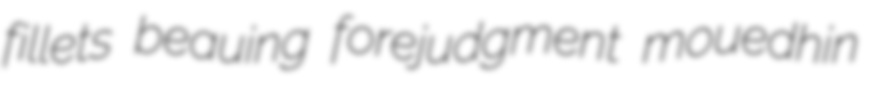
fillets beauing forejudgment mouedhin